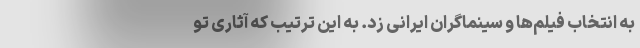
به انتخاب فیلم‌ها و سینماگران ایرانی زد. به این ترتیب که آثاری تو